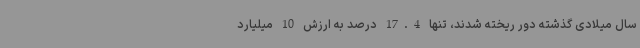
سال میلادی گذشته دور ریخته شدند، تنها 17.4 درصد به ارزش 10 میلیارد